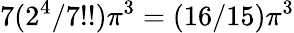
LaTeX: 7(2^{4}/7!!)\pi^{3}=(16/15)\pi^{3}